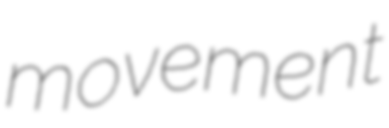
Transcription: movement